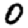
Digit: 0